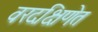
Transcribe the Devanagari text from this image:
वरदक्षिणेत